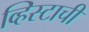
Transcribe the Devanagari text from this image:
व्हिस्टाची